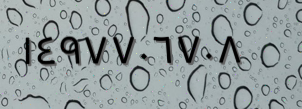
١٤٩٧٧٠٦٧٠٨